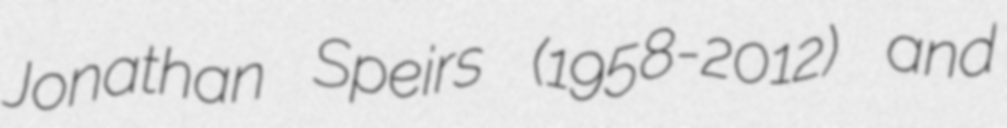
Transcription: Jonathan Speirs (1958-2012) and